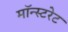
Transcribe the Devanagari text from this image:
मॉन्स्टरेट